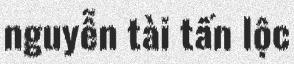
nguyễn tài tấn lộc